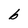
Character: b